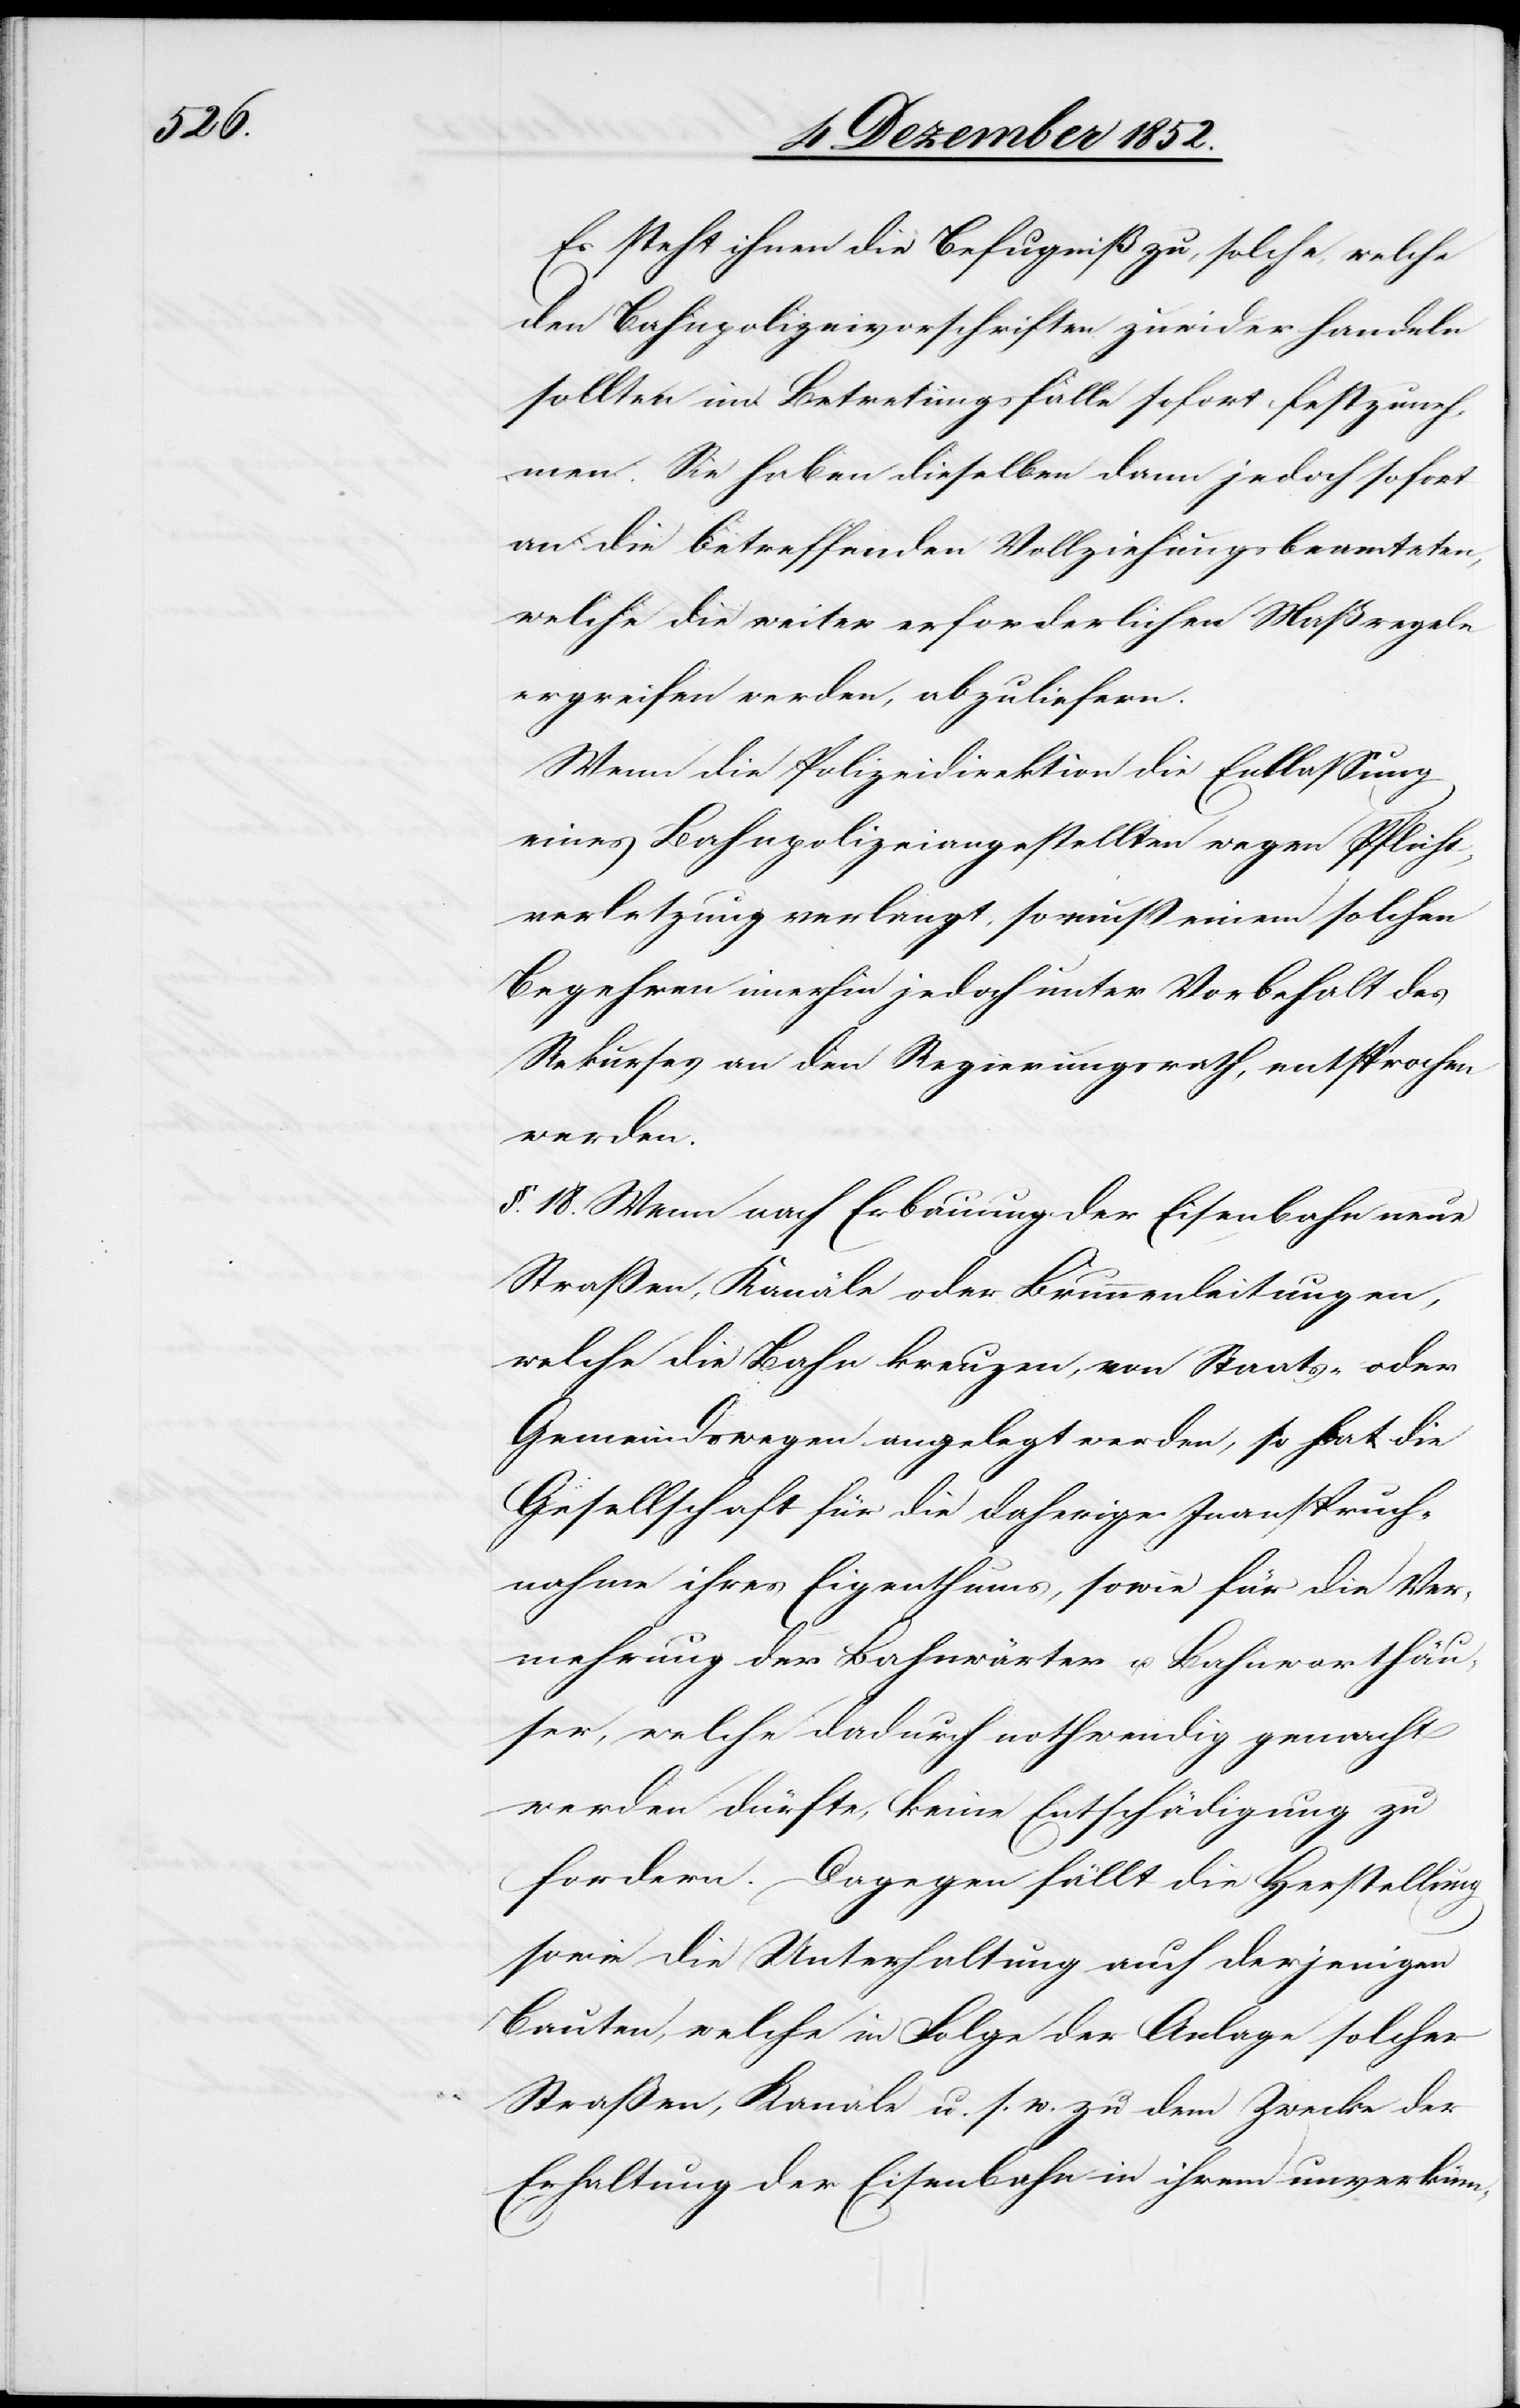
Es steht ihnen die Befugniß zu, solche, welche
den Bahnpolizeivorschriften zuwider handeln
sollten im Betretungsfalle sofort festzuneh¬
men. Sie haben dieselben dann jedoch sofort
an die betreffenden Vollziehungsbeamteten,
welche die weiter erforderlichen Maßregeln
ergreifen werden, abzuliefern.
Wenn die Polizeidirektion die Entlassung
eines Bahnpolizeiangestellten wegen Pflicht¬
verletzung verlangt, so muß einem solchen
Begehren im[m]erhin jedoch unter Vorbehalt des
Rekurses an den Regierungsrath, entsprochen
werden.
§. 18. Wenn nach Erbauung der Eisenbahn neue
Straßen, Kanäle oder Brunnenleitungen,
welche die Bahn kreuzen, von Staats- oder
Gemeindswegen angelegt werden, so hat die
Gesellschaft für die daherige Inanspruch¬
nahme ihres Eigenthums, sowie für die Ver¬
mehrung der Bahnwärter u. Bahnwarthäu¬
ser, welche dadurch nothwendig gemacht
werden dürfte, keine Entschädigung zu
fordern. Dagegen fällt die Herstellung
sowie die Unterhaltung auch derjenigen
Bauten, welche in Folge der Anlage solcher
Straßen, Kanäle u. s. w. zu dem Zwecke der
Erhaltung der Eisenbahn in ihrem unverküm-